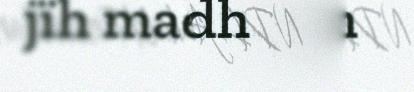
jïh maehtedh